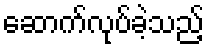
ဆောက်လုပ်ခဲ့သည့်